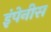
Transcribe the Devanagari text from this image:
इंपेनीस